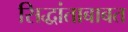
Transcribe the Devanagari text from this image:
सिद्धांताबाबत